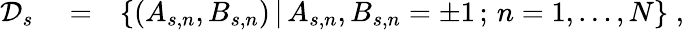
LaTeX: \begin{array}{rlr}{{\cal D}_{s}}&{{}=}&{\{ (A_{s,n},B_{s,n})\, |\, A_{s,n},B_{s,n}=\pm 1\, ;\, n=1,\ldots,N\} \; ,}\end{array}